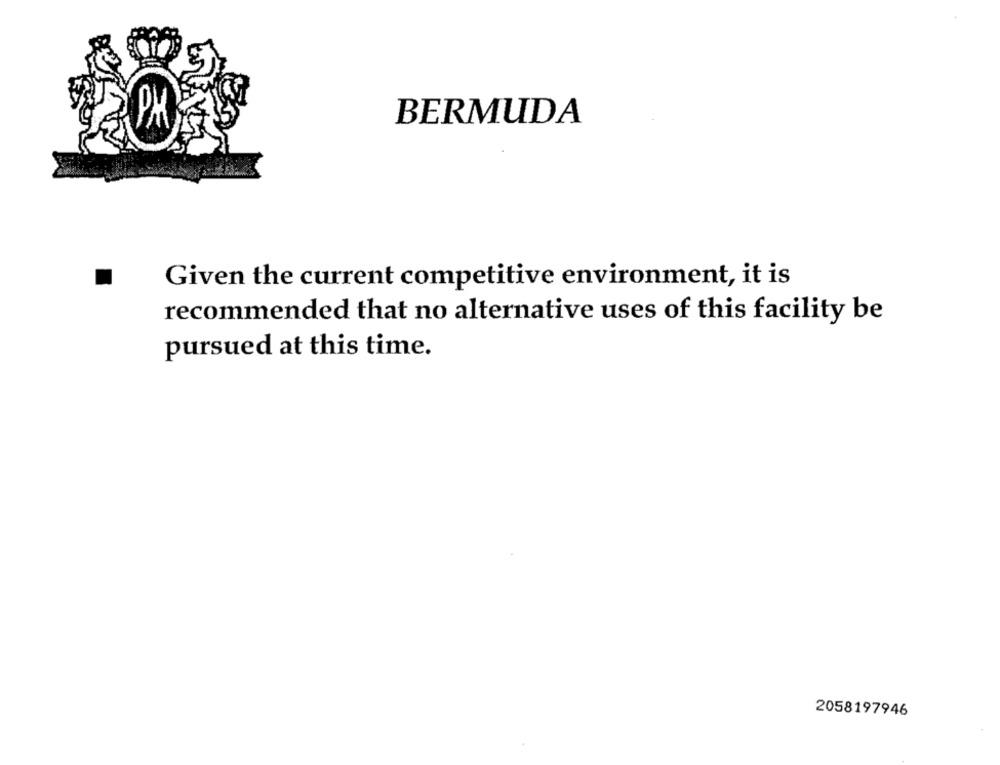
BERMUDA
Given the current competitive environment, it is
recommended that no alternative uses of this facility be
pursued at this time.
2058197946